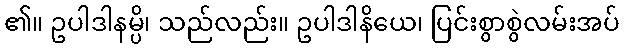
၏။ ဥပါဒါနမ္ပိ၊ သည်လည်း။ ဥပါဒါနိယေ၊ ပြင်းစွာစွဲလမ်းအပ်